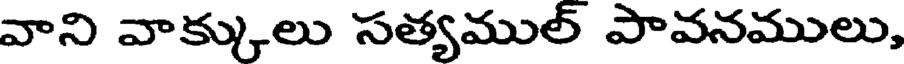
వాని వాక్కులు సత్యముల్ పావనములు,